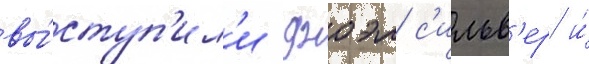
вы́ступ'ил'и джоэл с'ильв'ер и́